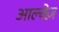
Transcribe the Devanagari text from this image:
आल्वेज़